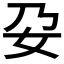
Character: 𭑩